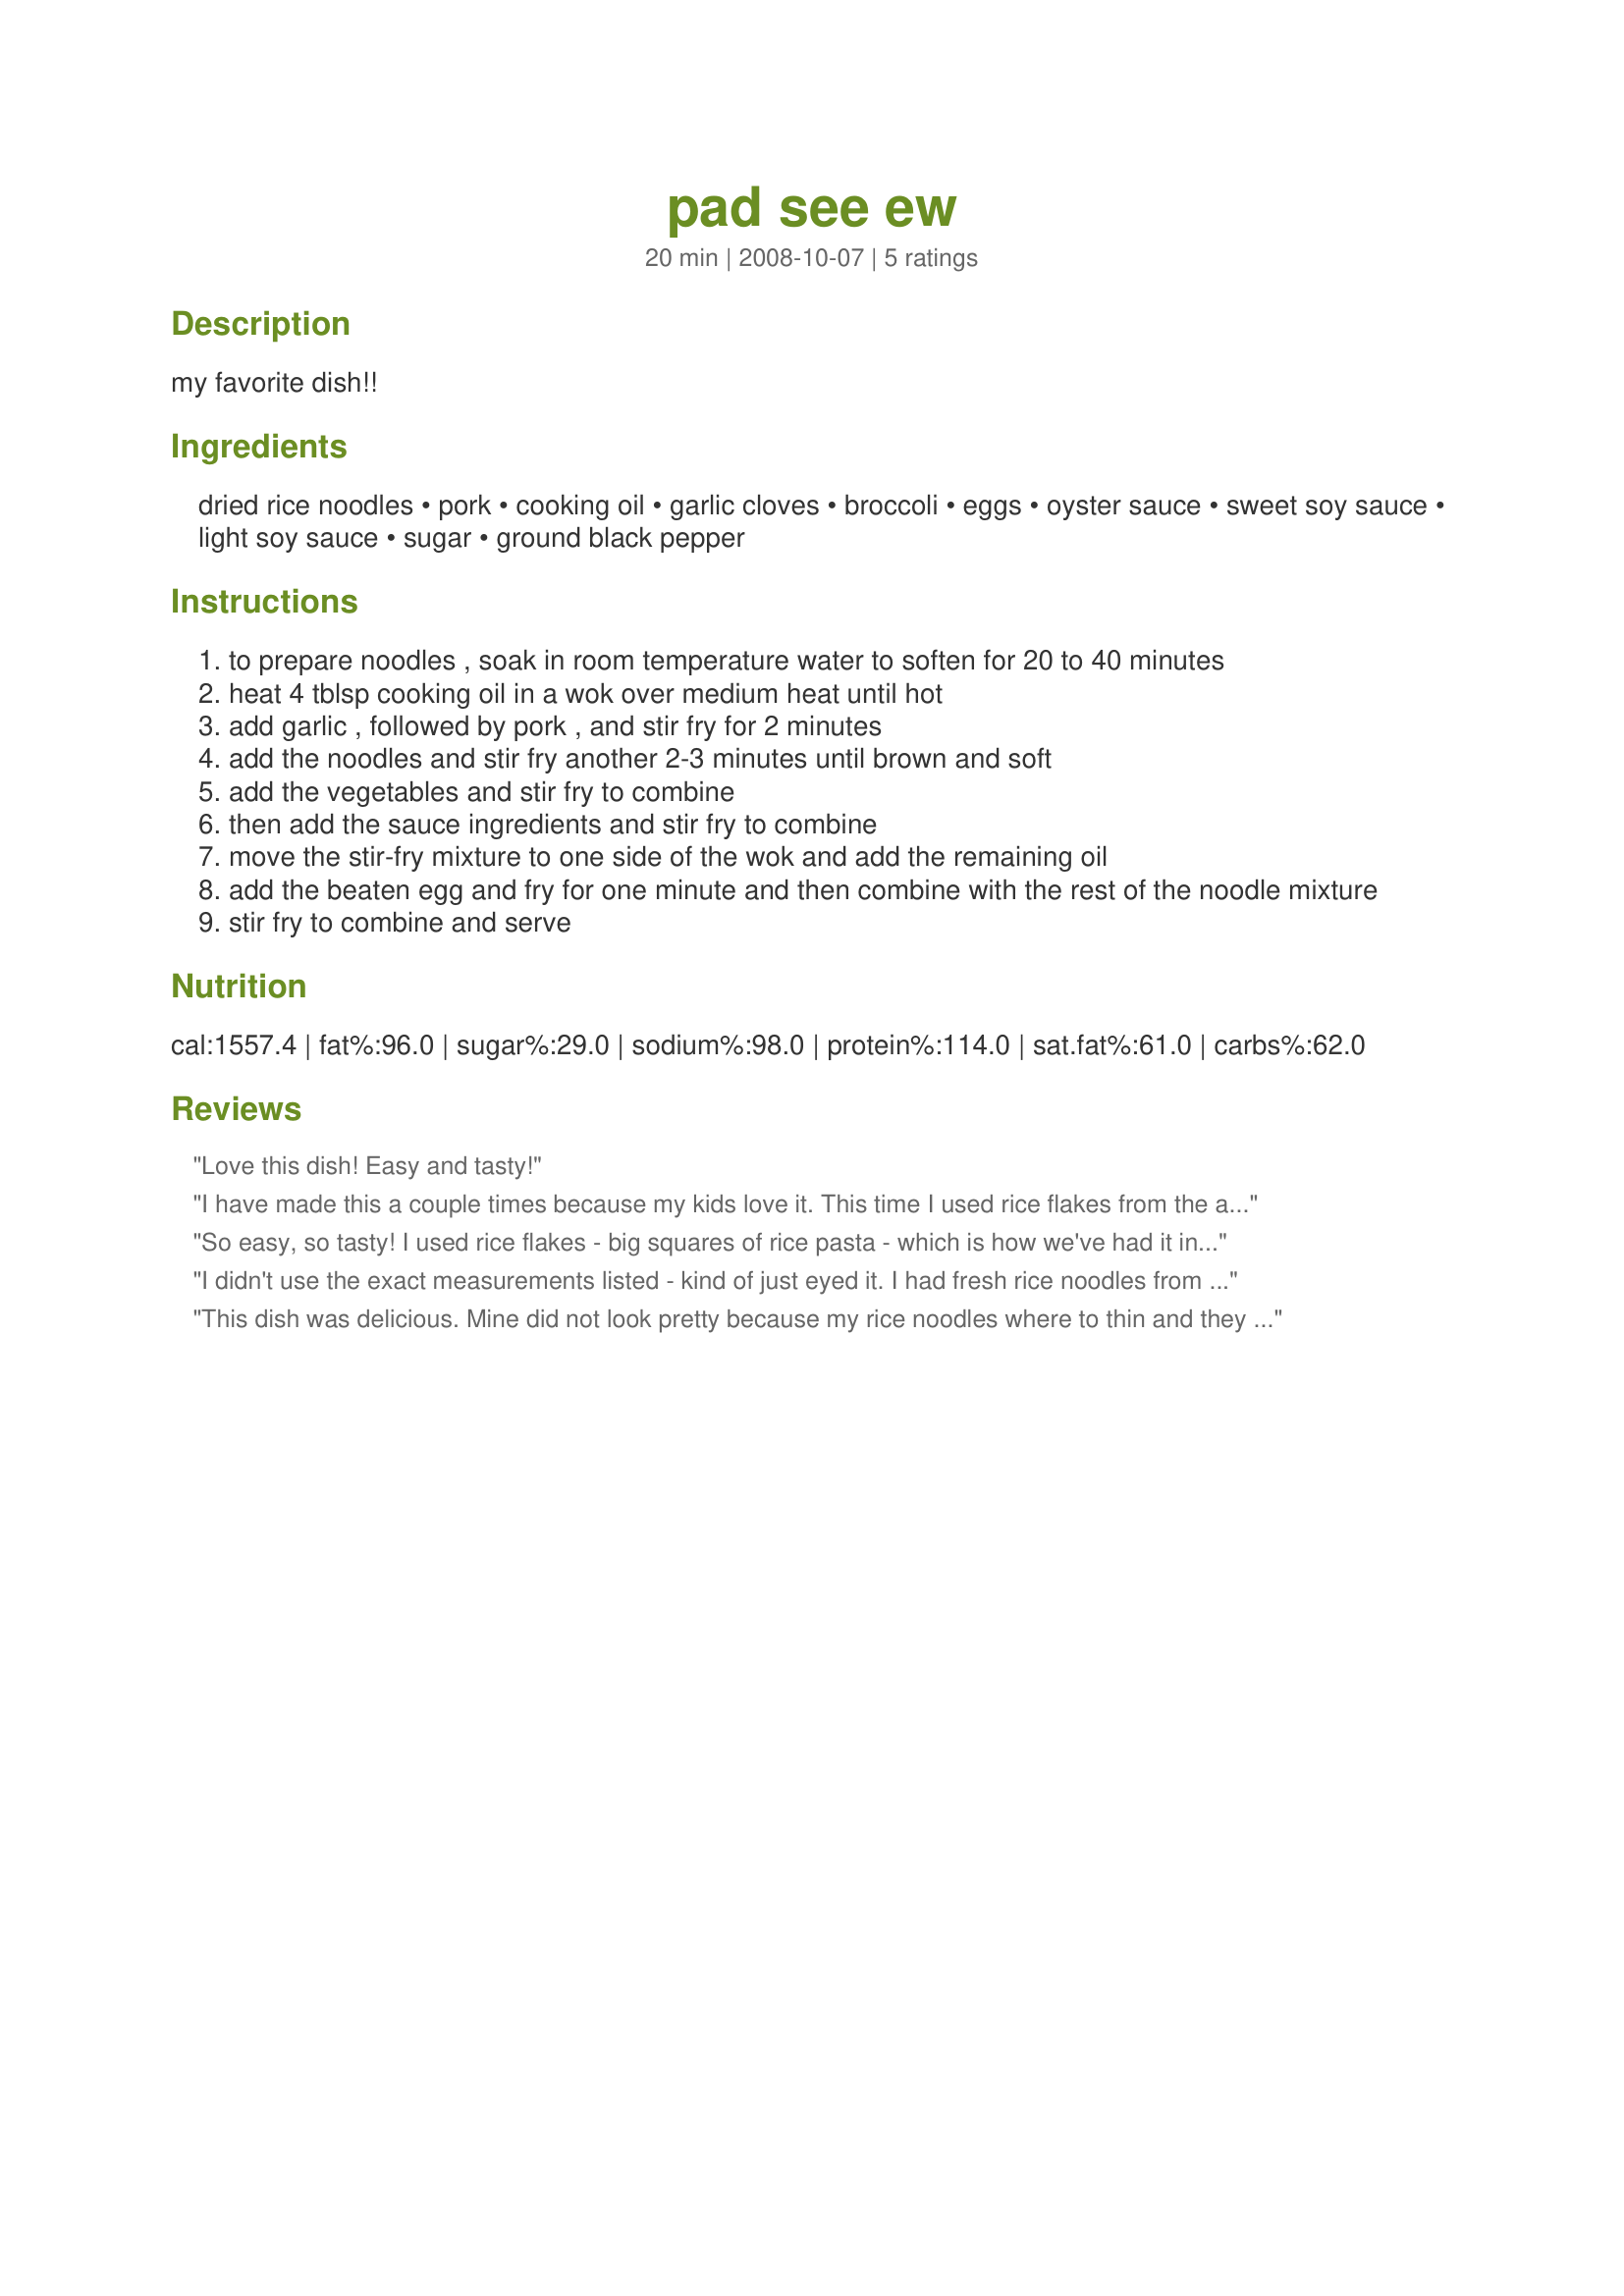
pad see ew
Preparation time: 20 minutes

my favorite dish!!

Ingredients:
dried rice noodles, pork, cooking oil, garlic cloves, broccoli, eggs, oyster sauce, sweet soy sauce, light soy sauce, sugar, ground black pepper

Steps:
to prepare noodles , soak in room temperature water to soften for 20 to 40 minutes
heat 4 tblsp cooking oil in a wok over medium heat until hot
add garlic , followed by pork , and stir fry for 2 minutes
add the noodles and stir fry another 2-3 minutes until brown and soft
add the vegetables and stir fry to combine
then add the sauce ingredients and stir fry to combine
move the stir-fry mixture to one side of the wok and add the remaining oil
add the beaten egg and fry for one minute and then combine with the rest of the noodle mixture
stir fry to combine and serve

Reviews:
Love this dish! Easy and tasty!
I have made this a couple times because my kids love it. This time I used rice flakes from the asian market and bulkogi pork. It was very good but a little salty with all the soy sauce. Next time will use more low sodium and fish sauce. I found you need to add some sauce when you stir fry the noodles or they just stick and fall apart.
So easy, so tasty! I used rice flakes - big squares of rice pasta - which is how we've had it in restaurants. Also used shrimp in place of the pork. Wonderful recipe!
I didn't use the exact measurements listed - kind of just eyed it. I had fresh rice noodles from the store. In a separate bowl I mixed 2 tablespoons (T) oyster sauce, 5T soy sauce, 2T sugar. Then, I poured about 2T olive oil into a pan, dropped in about 3-4 minced garlic and added the sauce and remaining ingredients (I made mine with just eggs). The noodles will become mush if you have it over the heat too long and don't put enough oil. Flat rice noodles is not the dish to skimp on oil with - you don't want to overstir because it will break up the noodles.
This dish was delicious.
Mine did not look pretty because my rice noodles where to thin and they broke and became a sort of mush. so..stay away from thin noodles.
